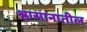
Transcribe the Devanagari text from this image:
श्वासानातील